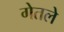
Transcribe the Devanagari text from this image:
गेतले